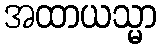
အထာယသ္မာ